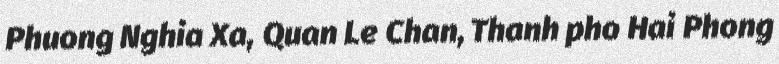
Phuong Nghia Xa, Quan Le Chan, Thanh pho Hai Phong